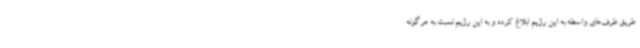
طریق طرف‌های واسطه به این رژیم ابلاغ کرده و به این رژیم نسبت به هرگونه